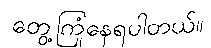
တွေ့ကြုံနေရပါတယ်။